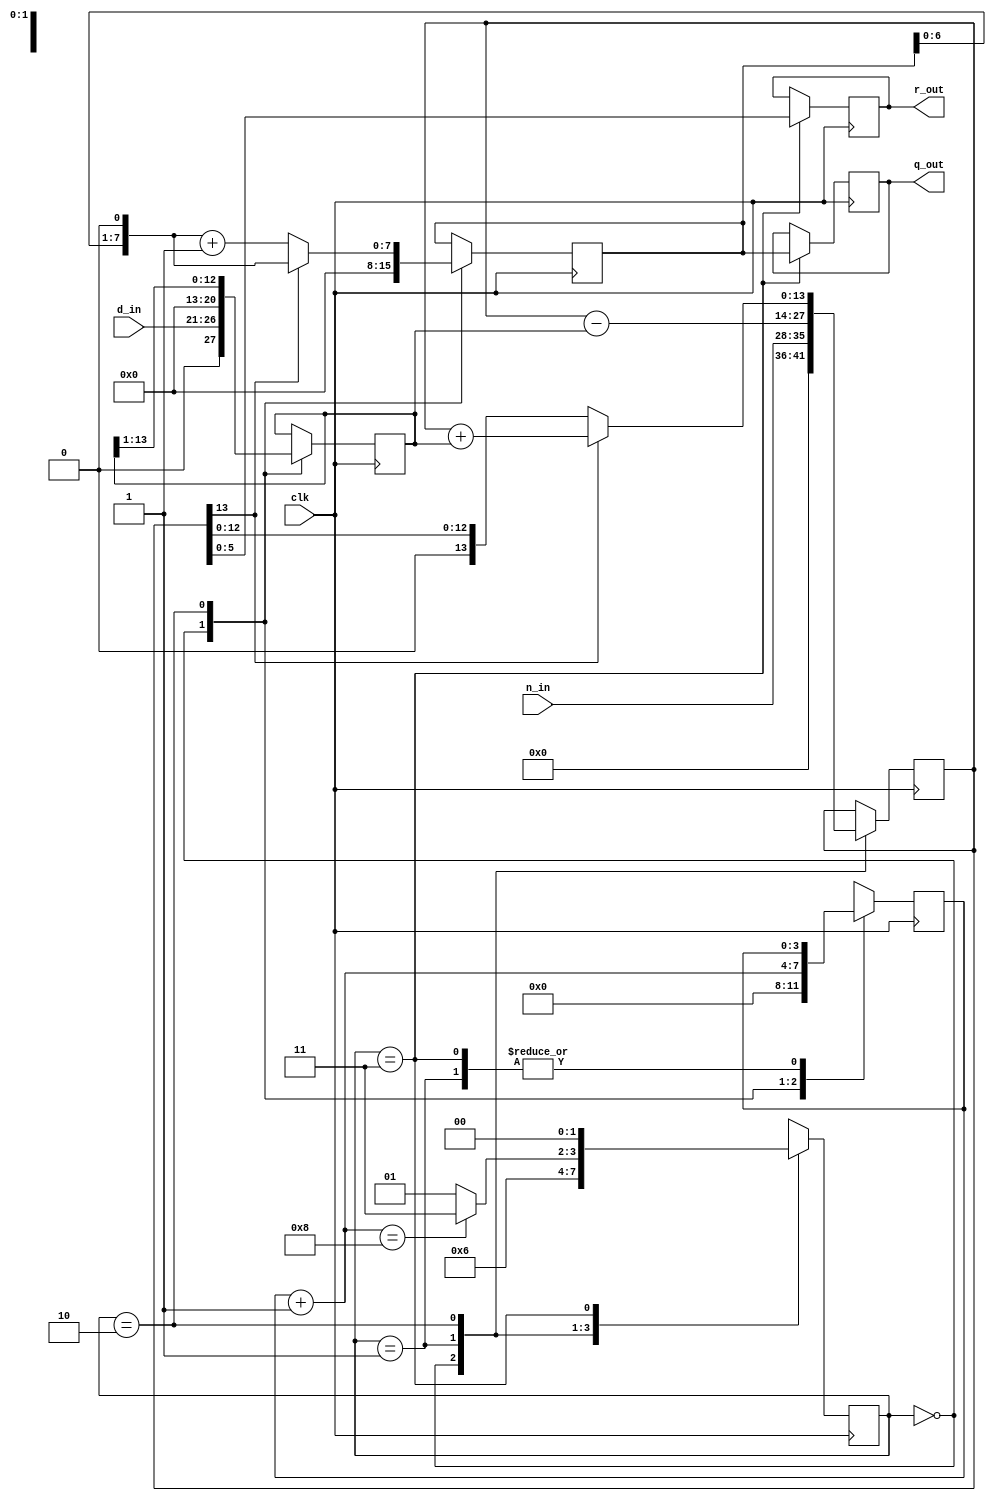
//*********************************************************
// IEEE STD 1364-1995 Verilog file: div_res.v
// Author-EMAIL: Uwe.Meyer-Baese@ieee.org
//*********************************************************
// Restoring Division
// Bit width:  WN         WD           WN            WD
//         Nominator / Denumerator = Quotient and Remainder
// OR:       Nominator = Quotient * Denumerator + Remainder

module div_res(clk, n_in, d_in, r_out, q_out);

  input         clk;
  input  [7:0] n_in;
  input  [5:0] d_in;
  output [5:0] r_out;
  reg    [5:0] r_out;
  output [7:0] q_out;
  reg    [7:0] q_out;

  always @(posedge clk) //-> Divider in behavioral style
  begin : States
    parameter s0=0, s1=1, s2=2, s3=3;
    reg [3:0] count;
    reg [1:0] state;
    reg  [13:0] r, d;        // Double bit width
    reg  [7:0] q;
    case (state) 
      s0 : begin         // Initialization step 
        state <= s1;
        count = 0;
        q <= 0;           // Reset quotient register
        d <= d_in << 7;   // Load aligned denumerator
        r <= {6'B0, n_in}; // Remainder = nominator
      end                                           
      s1 : begin         // Processing step 
        r <= r - d;      // Subtract denumerator
        state <= s2;
      end
      s2 : begin          // Restoring step
        if (r[13] == 1) begin  // Check r < 0 
          r <= r + d;     // Restore previous remainder
          q <= q << 1;     // LSB = 0 and SLL
          end
        else
          q <= (q << 1) + 1; // LSB = 1 and SLL
        count = count + 1;
        d <= d >> 1;

        if (count == 8)   // Division ready ?
          state <= s3;
        else             
          state <= s1;
      end
      s3 : begin       // Output of result
        q_out <= q[7:0]; 
        r_out <= r[5:0]; 
        state <= s0;   // Start next division
      end
    endcase  
  end

endmodule